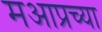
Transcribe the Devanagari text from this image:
मआप्रच्या